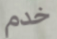
خدم